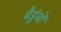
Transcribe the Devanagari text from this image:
बैडुंबों